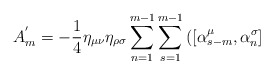
\begin{align*}A_m^{'} =- \frac {1} {4} {\eta}_{\mu \nu} {\eta}_{\rho \sigma}\sum\limits_{n=1}^{m-1} \sum\limits_{s=1}^{m-1} \left( \left[{\alpha}_{s-m}^{\mu}, {\alpha}_n^{\sigma} \right] \right.\end{align*}